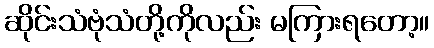
ဆိုင်းသံဗုံသံတို့ကိုလည်း မကြားရတော့။